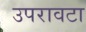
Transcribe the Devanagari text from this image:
उपरावटा